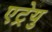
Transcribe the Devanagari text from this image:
एट्रेयु